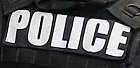
POLICE